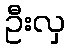
ဦးလှ